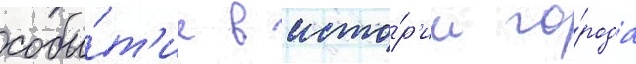
собы́т'ие в исто́р'ии го́рода